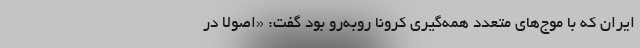
ایران که با موج‌های متعدد همه‌گیری کرونا روبه‌رو بود گفت: «اصولا در